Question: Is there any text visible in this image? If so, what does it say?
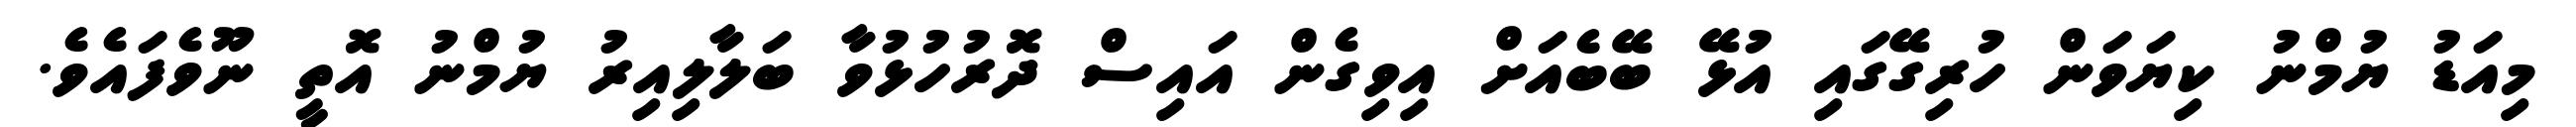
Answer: މިއަޑު ޔުމްނު ކިޔަވަން ހުރިގޭގައި އުޅޭ ބޭބެއަށް އިވިގެން އައިސް ދޮރުހުޅުވާ ބަލާލިއިރު ޔުމްނު އޮތީ ނޫވެފައެވެ.